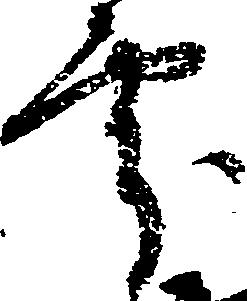
処